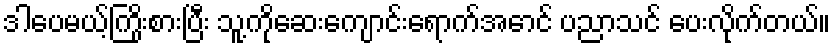
ဒါပေမယ့်ကြိုးစားပြီး သူ့ကိုဆေးကျောင်းရောက်အောင် ပညာသင် ပေးလိုက်တယ်။